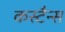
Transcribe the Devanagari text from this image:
कस्टैन्स